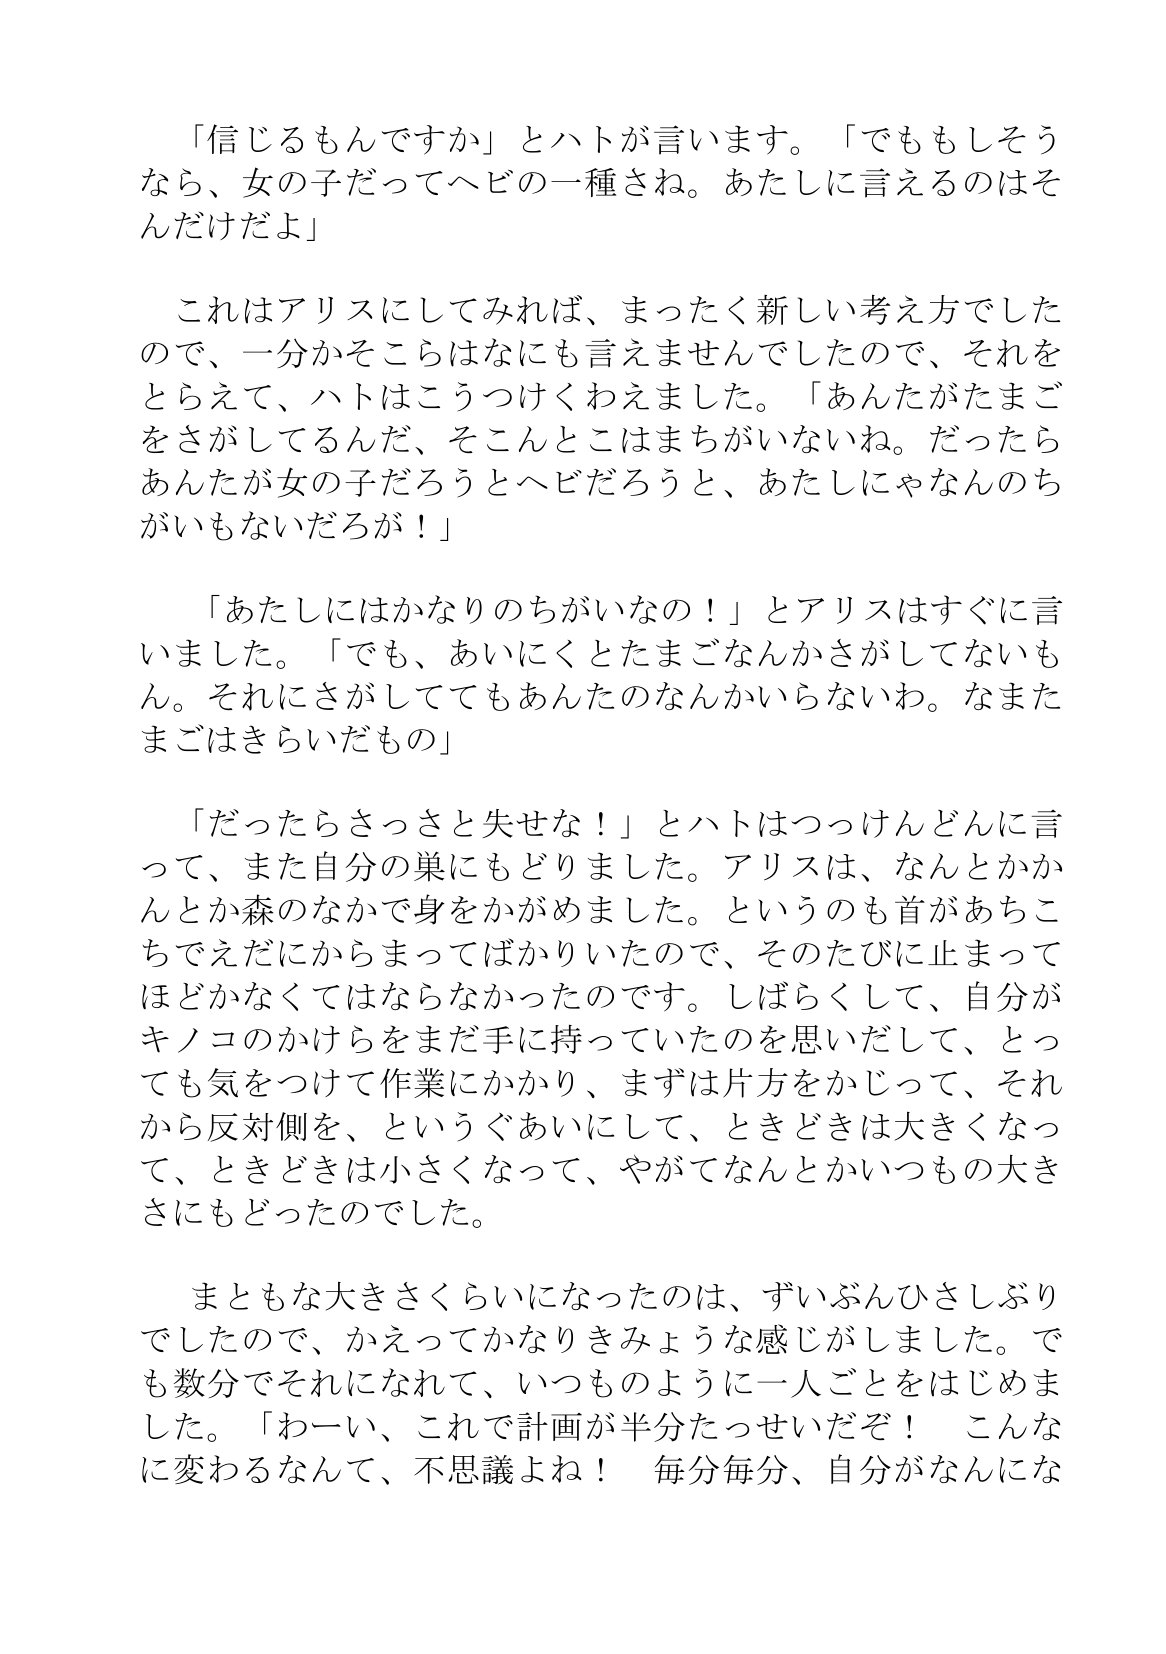
Language: ja